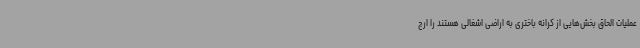
عملیات الحاق بخش‌هایی از کرانه باختری به اراضی اشغالی هستند را ارج